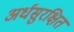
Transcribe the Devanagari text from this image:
अर्धसुरक्षित